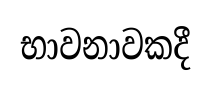
භාවනාවකදී